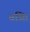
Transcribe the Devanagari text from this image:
वजिा